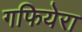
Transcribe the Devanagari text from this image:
गफियेरा